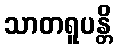
သာတရူပန္တိ